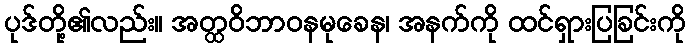
ပုဒ်တို့၏လည်း။ အတ္ထဝိဘာဝနမုခေန၊ အနက်ကို ထင်ရှားပြခြင်းကို